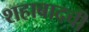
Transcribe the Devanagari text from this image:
शहाबादची